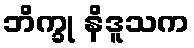
ဘိက္ခု နိဒူသက